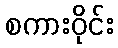
စကားဝိုင်း